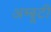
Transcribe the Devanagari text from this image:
अम्बूटी